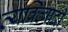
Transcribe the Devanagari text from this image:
व्यक्त्विादी